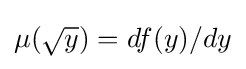
\mu ({\sqrt {y}})=df(y)/dy